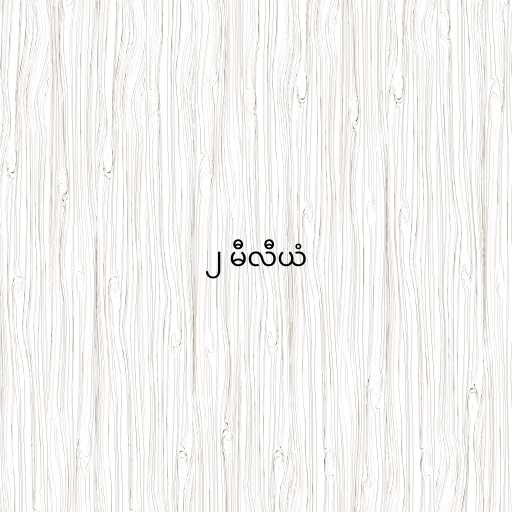
၂ မီလီယံ